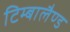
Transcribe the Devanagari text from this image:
टिम्बालैण्ड